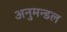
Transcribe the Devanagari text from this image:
अनुमन्डल